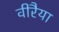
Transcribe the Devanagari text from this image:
वीरैया